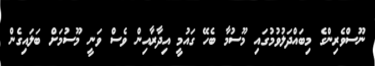
ނޫސްވެރިންގެ މިބައްދަލުވުމުގައި މޫސުމާ ބެހޭ ގައުމީ އިދާރާއިން ވެސް ވަނީ މޫސުމަށް ބަލައިގެން